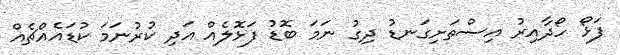
ފަޅޯ ހޯދާއިރު އިސްތަށިގަނޑު ދިގު ނަމަ ބޮޑު ފަޅޮލެއް އަދި ކުރުނަމަ ކުޑައެއްޗެއް